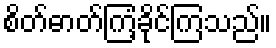
စိတ်ဓာတ်ကြံ့ခိုင်ကြသည်။